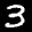
Label: 3